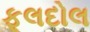
ફૂલદોલ